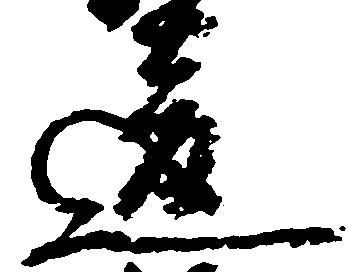
違